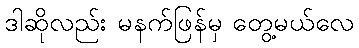
ဒါဆိုလည်း မနက်ဖြန်မှ တွေ့မယ်လေ